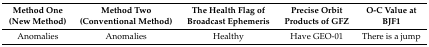
<table><thead><tr><td><b>Method One (New Method)</b></td><td><b>Method Two (Conventional Method)</b></td><td><b>The Health Flag of Broadcast Ephemeris</b></td><td><b>Precise Orbit Products of GFZ</b></td><td><b>O-C Value at BJF1</b></td></tr></thead><tbody><tr><td>Anomalies</td><td>Anomalies</td><td>Healthy</td><td>Have GEO-01</td><td>There is a jump</td></tr></tbody></table>